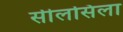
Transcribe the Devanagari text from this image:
सीलसिला